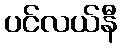
ပင်လယ်နီ